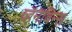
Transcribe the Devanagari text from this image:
व्हॅनॅबिन्स